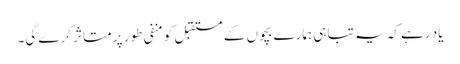
یاد رہے کہ یہ تباہی ہمارے بچوں کے مستقبل کو منفی طور پر متاثر کرے گی۔